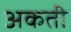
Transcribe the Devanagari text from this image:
अकती